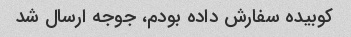
کوبیده سفارش داده بودم، جوجه ارسال شد